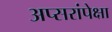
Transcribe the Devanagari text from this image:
अप्सरांपेक्षा